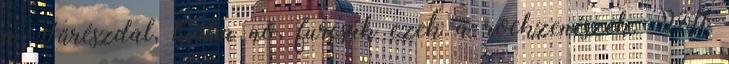
a Fűrészdal, hiába no, furcsák ezek a rockzenészek. Volt